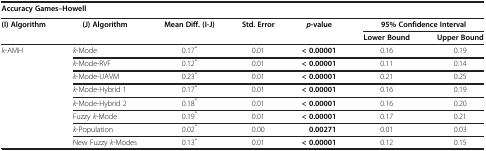
| <COLSPAN=7> Accuracy Games–Howell |
 | --- | --- | --- | --- | --- | --- | --- |
 | (I) Algorithm | (J) Algorithm | Mean Diff. (I-J) | Std. Error | p-value | <COLSPAN=2> 95% Confidence Interval |
 | <COLSPAN=5>  | Lower Bound | Upper Bound |
 | k-AMH | k-Mode | 0.17* | 0.01 | < 0.00001 | 0.16 | 0.19 |
 |  | k-Mode-RVF | 0.12* | 0.01 | < 0.00001 | 0.11 | 0.14 |
 |  | k-Mode-UAVM | 0.23* | 0.01 | < 0.00001 | 0.21 | 0.25 |
 |  | k-Mode-Hybrid 1 | 0.17* | 0.01 | < 0.00001 | 0.16 | 0.19 |
 |  | k-Mode-Hybrid 2 | 0.18* | 0.01 | < 0.00001 | 0.16 | 0.20 |
 |  | Fuzzy k-Mode | 0.19* | 0.01 | < 0.00001 | 0.17 | 0.21 |
 |  | k-Population | 0.02* | 0.00 | 0.00271 | 0.01 | 0.03 |
 |  | New Fuzzy k-Modes | 0.13* | 0.01 | < 0.00001 | 0.12 | 0.15 |